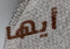
أيها